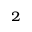
^ { 2 }